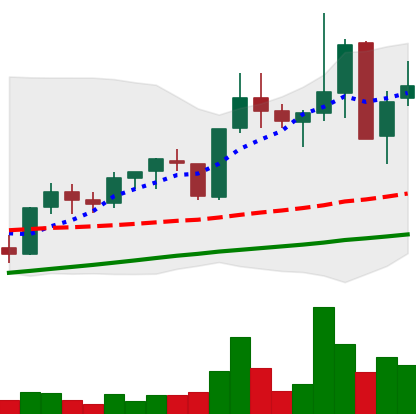
Ticker: XLM-USD
Chart end date: 2021-05-14
Forward return: -32.575%
Label: down_7plus